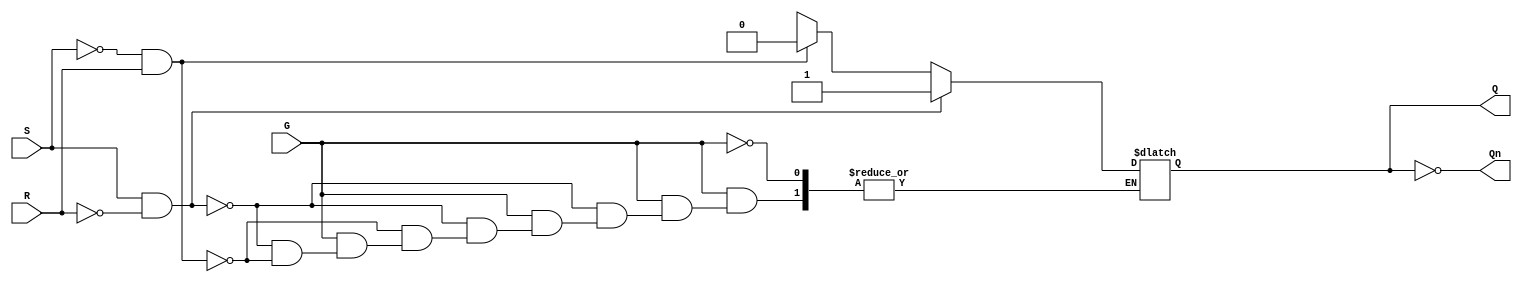
module gated_sr_latch (
    input wire S,   // Set input
    input wire R,   // Reset input
    input wire G,   // Gate input
    output reg Q,   // Output
    output wire Qn  // Complement of output
);

    // Assign the complement output
    assign Qn = ~Q;

    always @(*) begin
        if (G) begin
            if (S && !R) begin
                Q = 1'b1; // Set the output
            end else if (!S && R) begin
                Q = 1'b0; // Reset the output
            end else if (S && R) begin
                // Indeterminate state (typically avoid this condition)
                Q = Q; // Retain previous state (optional)
            end
            // If S and R are both low, retain previous state
        end
        // If G is low, retain previous state (Q is unchanged)
    end

endmodule